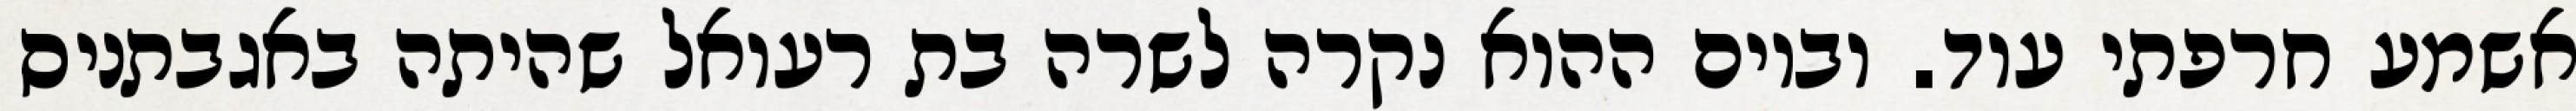
אשמע חרפתי עוד. וביום ההוא נקרה לשרה בת רעואל שהיתה באגבתניס